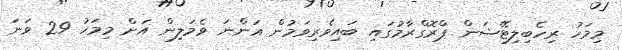
މިމަހު ރިހެބިލިޓޭޝަން ޕްރޮގްރާމުގައި ބައިވެރިވަމުން އަންނަ ވެމަލިން އަށް މިމަހު 29 ވަނަ